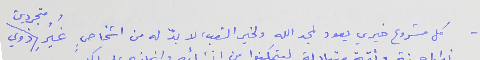
١- كل مشروع خيري يعود لمجد الله ولخير الشعب, لا بدّ له من اشخاصٍ غُيُرِ متجردين ذوي